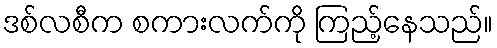
ဒစ်လစီက စကားလက်ကို ကြည့်နေသည်။